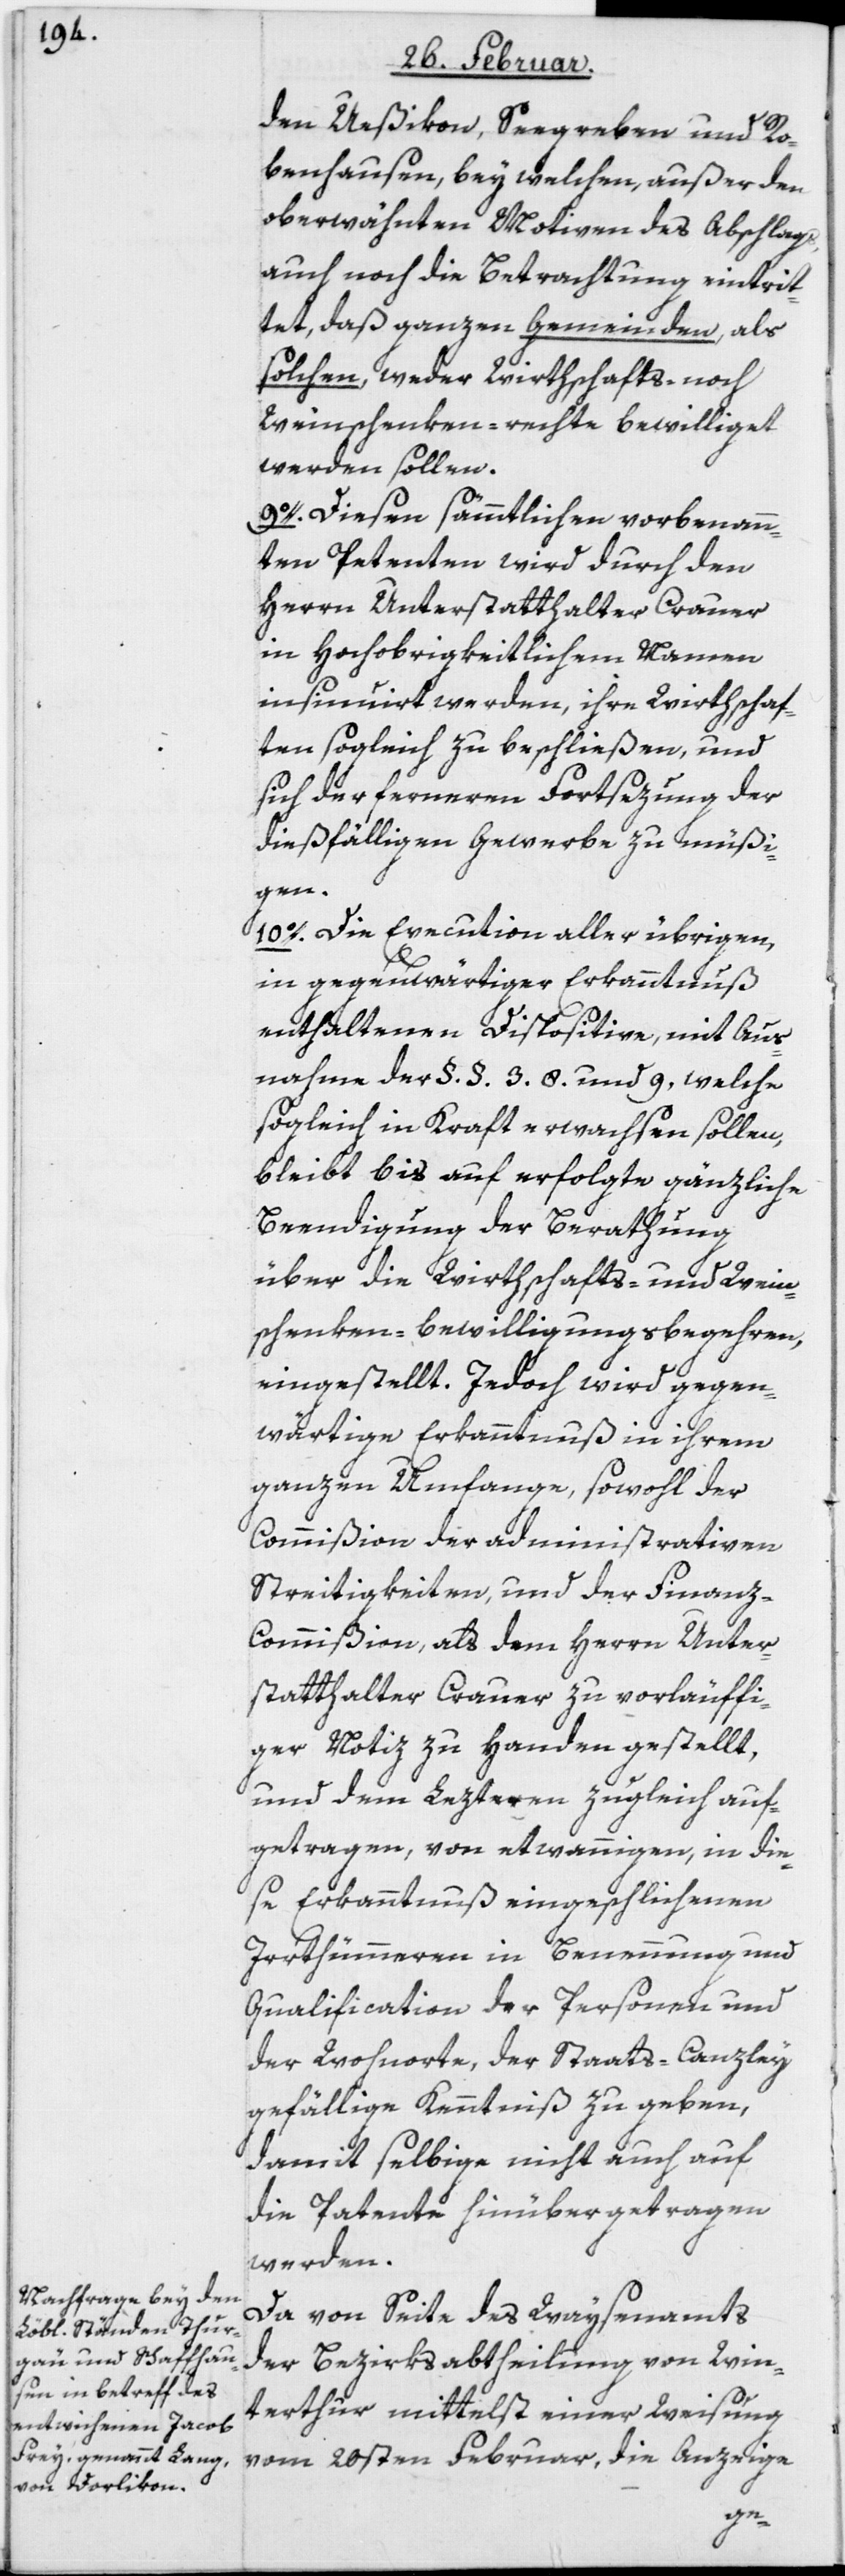
den Ueßikon, Seegreben und Ro¬
benhausen, bey welchen, außer den
oberwähnten Motiven des Abschlags,
auch noch die Betrachtung eintrit¬
tet, daß ganzen Gemeinden, als
solchen, weder Wirthschafts- noch
Weinschenken-rechte bewilliget
werden sollen.
9o. Diesen sämmtlichen vorbenann¬
ten Petenten wird durch den
Herrn Unterstatthalter Crauer
in Hochobrigkeitlichem Namen
insinuirt werden, ihre Wirthschaf¬
ten sogleich zu beschließen, und
sich der ferneren Fortsezung der
dießfälligen Gewerbe zu müßi¬
gen.
10o. Die Execution aller übrigen,
in gegenwärtiger Erkanntnuß
enthaltenen Dispositive, mit Aus¬
nahme der §. §. 3.[,] 8. und 9, welche
sogleich in Kraft erwachsen sollen,
bleibt bis auf erfolgte gänzliche
Beendigung der Berathung
über die Wirthschafts- und Wein¬
schenken-bewilligungsbegehren,
eingestellt. Jedoch wird gegen¬
wärtige Erkanntnuß in ihrem
ganzen Umfange, sowohl der
Commißion der administrativen
Streitigkeiten, und der Finan¬
z-Commißion, als dem Herrn Unter¬
statthalter Crauer zu vorläuffi¬
ger Notiz zu Handen gestellt,
und dem Lezteren zugleich auf¬
getragen, von etwannigen, in die¬
se Erkanntnuß eingeschlichenen
Irrthümmeren in Benennung und
Qualification der Personen und
der Wohnorte, der Staats-Canzley
gefällige Kenntniß zu geben,
damit selbige nicht auch auf
die Patente hinübergetragen
werden.
Da von Seite des Waysenamts
der Bezirksabtheilung von Win¬
terthur mittelst einer Weisung
vom 20sten Februar, die Anzeige